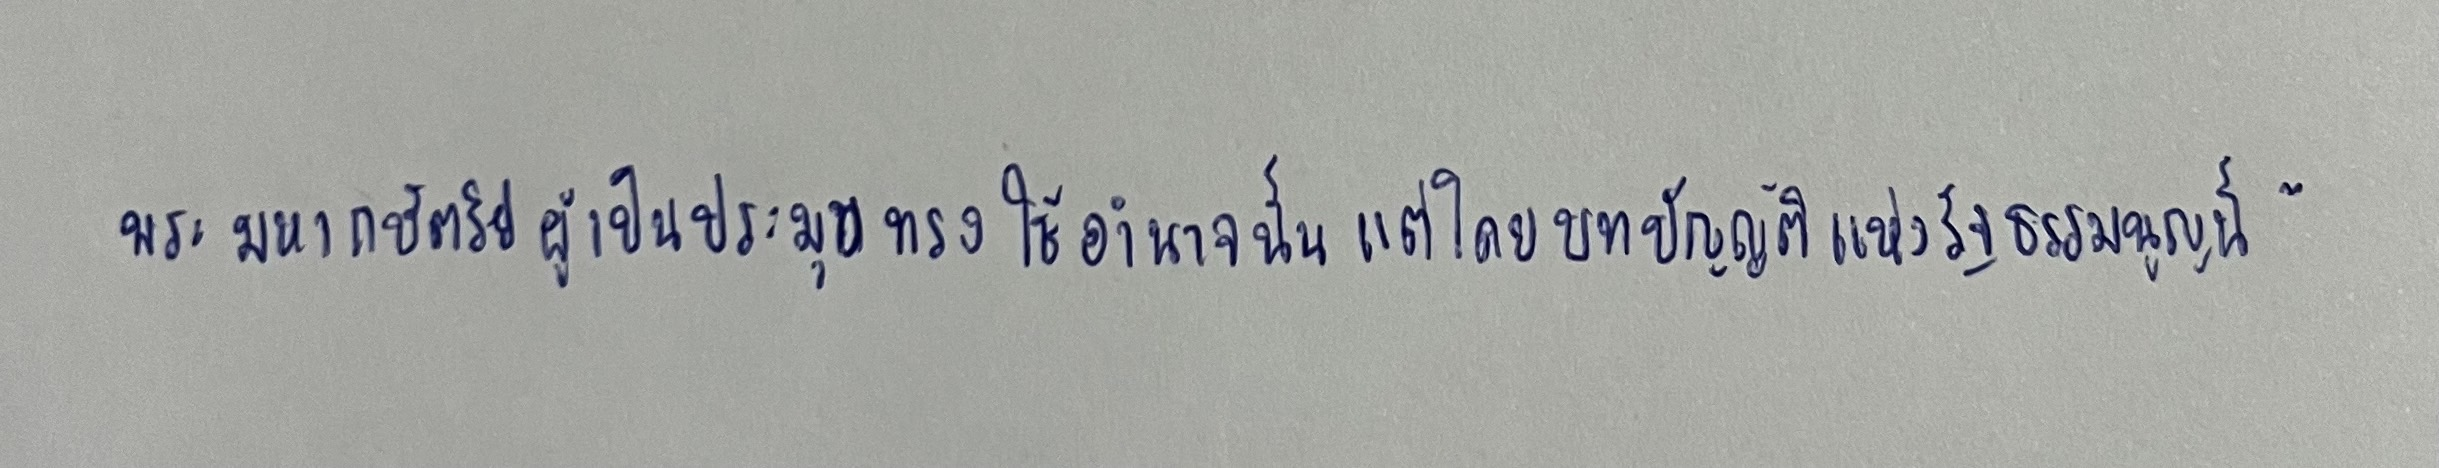
พระมหากษัตริย์ผู้เป็นประมุขทรงใช้อำนาจนั้นแต่โดยบทบัญญัติแห่งรัฐธรรมนูญนี้"